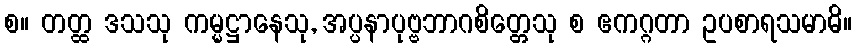
စ။ တတ္ထ ဒသသု ကမ္မဋ္ဌာနေသု, အပ္ပနာပုဗ္ဗဘာဂစိတ္တေသု စ ဧကဂ္ဂတာ ဥပစာရသမာဓိ။